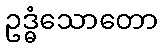
ဥဒ္ဓံသောတော